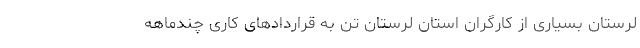
لرستان بسیاری از کارگران استان لرستان تن به قراردادهای کاری چندماهه